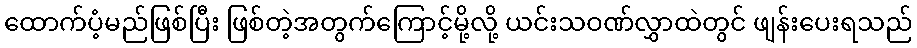
ထောက်ပံ့မည်ဖြစ်ပြီး ဖြစ်တဲ့အတွက်ကြောင့်မို့လို့ ယင်းသဝဏ်လွှာထဲတွင် ဖျန်းပေးရသည်